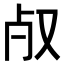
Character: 𣦻